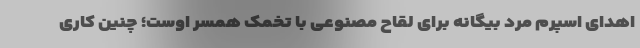
اهدای اسپرم مرد بیگانه برای لقاح مصنوعی با تخمک همسر اوست؛ چنین کاری